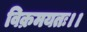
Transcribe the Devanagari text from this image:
विक्रमयतः।।